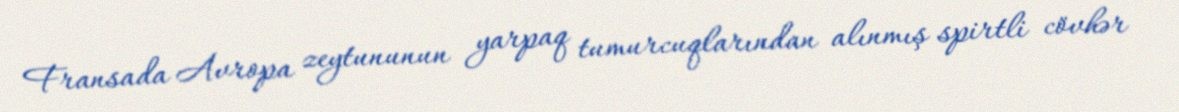
Fransada Avropa zeytununun yarpaq tumurcuqlarından alınmış spirtli cövhər